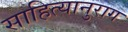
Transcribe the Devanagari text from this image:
साहित्यानुराग